Report on horse surra - Volume I
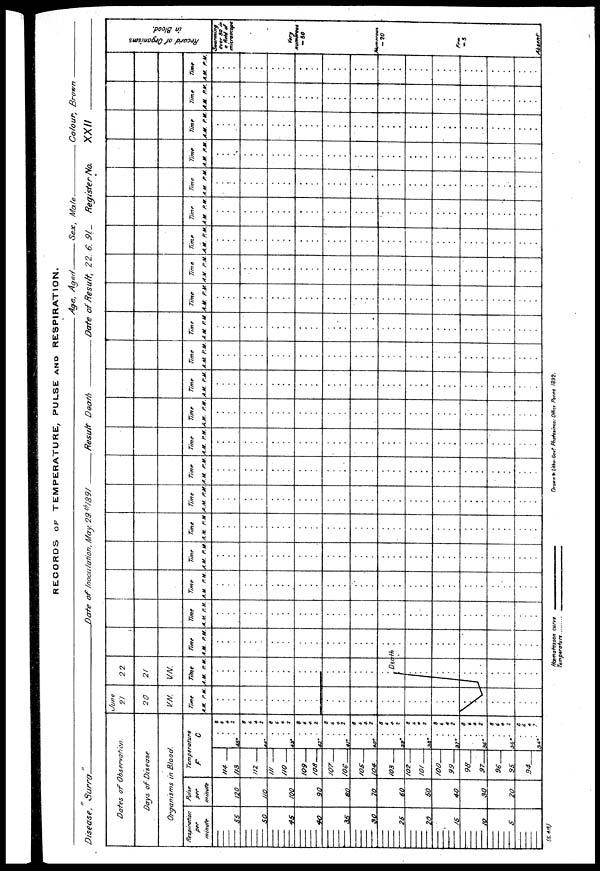
RECORDS OF TEMPERATURE, PULSE AND RESPIRATION.